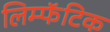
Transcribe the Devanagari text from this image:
लिम्फॅटिक